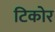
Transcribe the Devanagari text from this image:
टिकोर